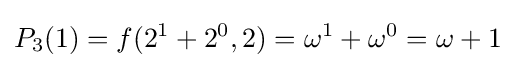
P_{3}(1)=f(2^{1}+2^{0},2)=\omega ^{1}+\omega ^{0}=\omega +1